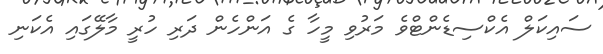
ސައިކަލް އެކްސިޑެންޓްވެ މަރުވި މީހާ ގެ އަންހެން ދަރި ހުރީ މާލޭގައި އެކަނި